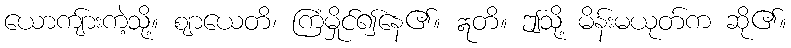
ယောကျ်ားကဲ့သို့။ ဈာယေတိ၊ ကြံမှိုင်၍နေ၏။ ဣတိ။ ဤသို့ မိန်းမယုတ်က ဆို၏။